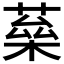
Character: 𦶖